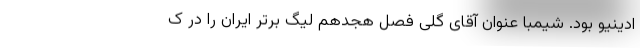
ادینیو بود. شیمبا عنوان آقای گلی فصل هجدهم لیگ برتر ایران را در ک